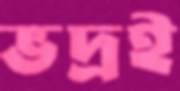
ভদ্রই